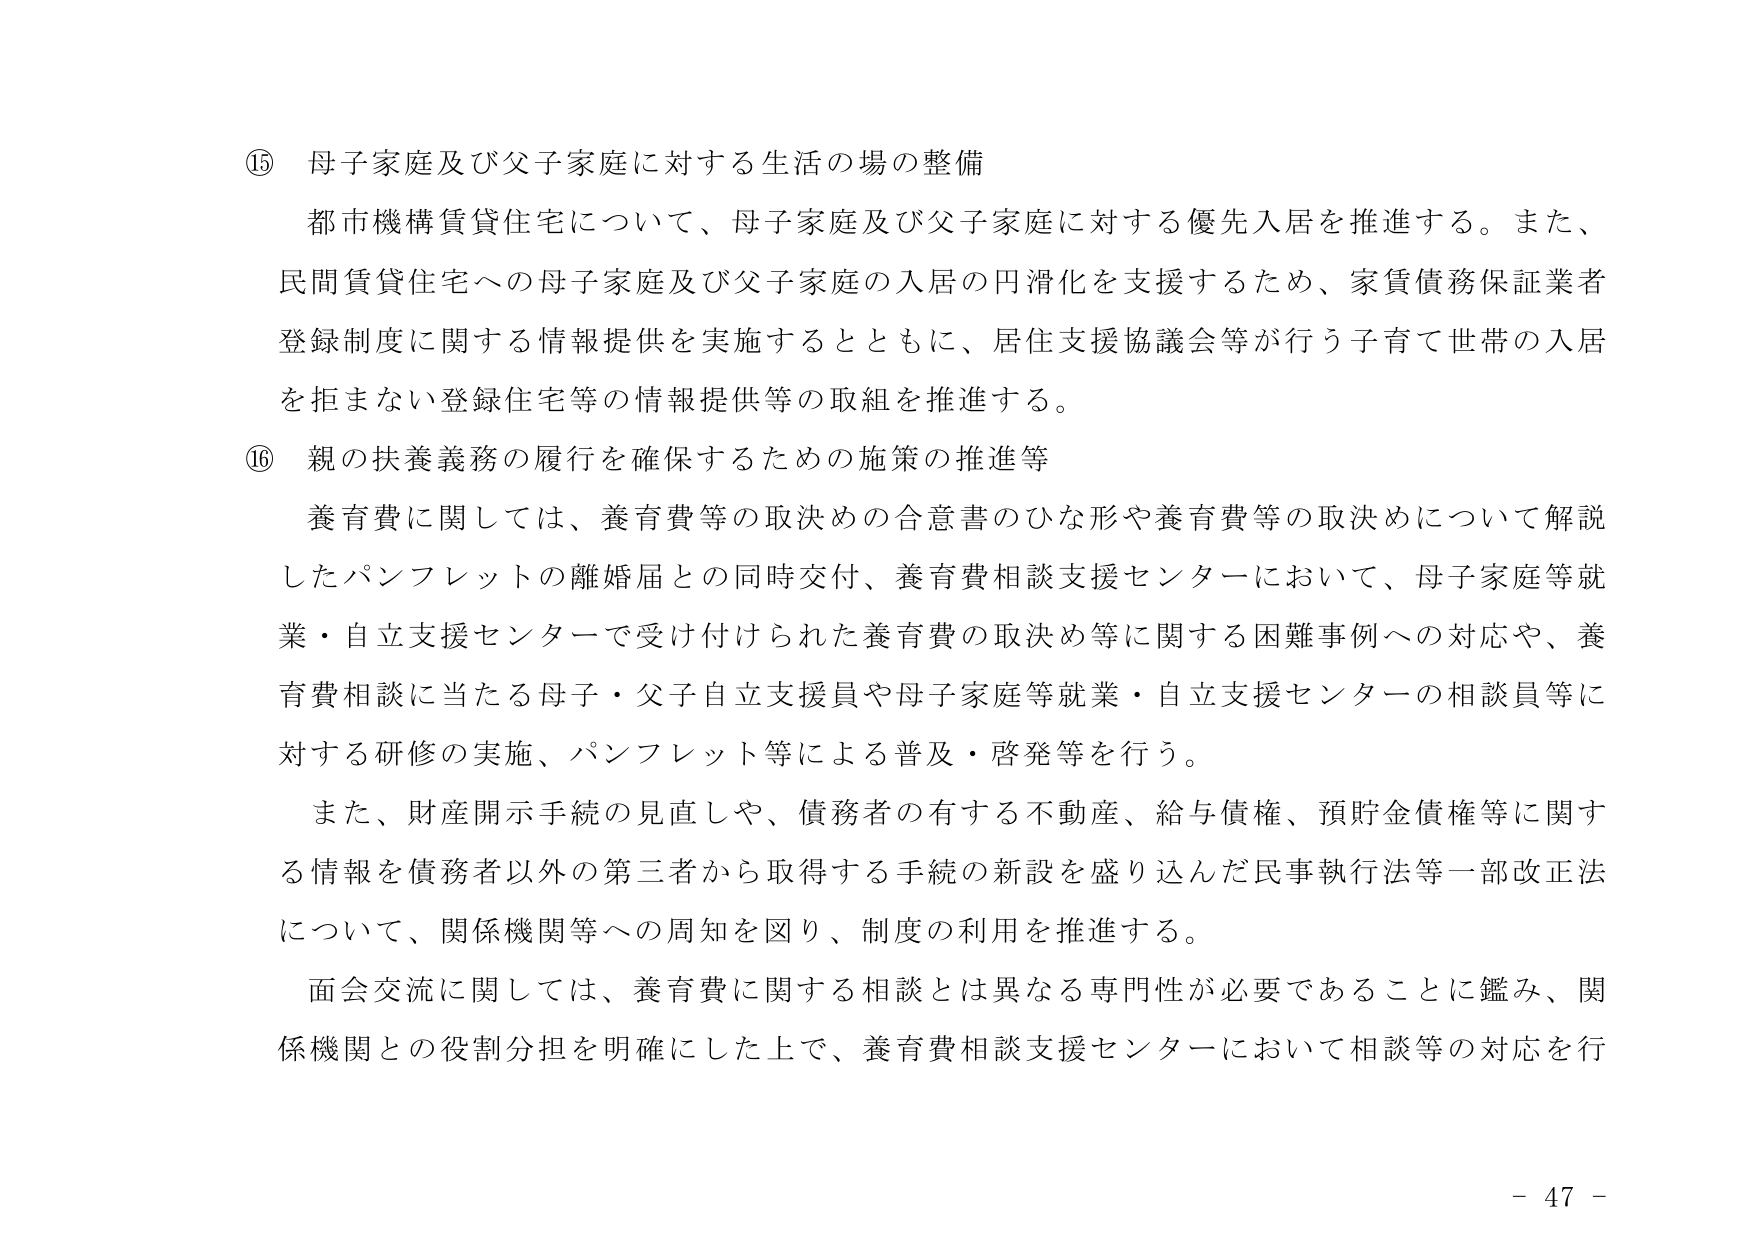
⑮ 母子家庭及び父子家庭に対する生活の場の整備
都市機構賃貸住宅について、母子家庭及び父子家庭に対する優先入居を推進する。また、
民間賃貸住宅への母子家庭及び父子家庭の入居の円滑化を支援するため、家賃債務保証業者
登録制度に関する情報提供を実施するとともに、居住支援協議会等が行う子育て世帯の入居
を拒まない登録住宅等の情報提供等の取組を推進する。

⑯ 親の扶養義務の履行を確保するための施策の推進等
養育費に関しては、養育費等の取決めの合意書のひな形や養育費等の取決めについて解説
したパンフレットの離婚届との同時交付、養育費相談支援センターにおいて、母子家庭等就
業・自立支援センターで受け付けられた養育費の取決め等に関する困難事例への対応や、養
育費相談に当たる母子・父子自立支援員や母子家庭等就業・自立支援センターの相談員等に
対する研修の実施、パンフレット等による普及・啓発等を行う。

また、財産開示手続の見直しや、債務者の有する不動産、給与債権、預貯金債権等に関す
る情報を債務者以外の第三者から取得する手続の新設を盛り込んだ民事執行法等一部改正法
について、関係機関等への周知を図り、制度の利用を推進する。

面会交流に関しては、養育費に関する相談とは異なる専門性が必要であることに鑑み、関
係機関との役割分担を明確にした上で、養育費相談支援センターにおいて相談等の対応を行

－ 47 －